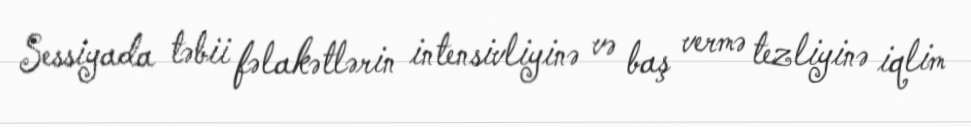
Sessiyada təbii fəlakətlərin intensivliyinə və baş vermə tezliyinə iqlim